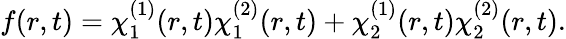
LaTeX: f(r,t)=\chi_{1}^{(1)}(r,t)\chi_{1}^{(2)}(r,t)+\chi_{2}^{(1)}(r,t)\chi_{2}^{(2)}(r,t).